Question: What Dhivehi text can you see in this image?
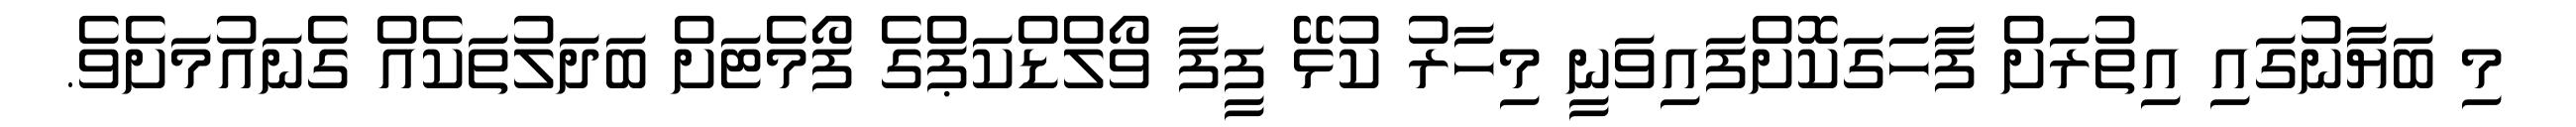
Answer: މި ބަޔާނުގައި އިތުރަށް ފާހަގަކޮށްފައިވަނީ މިހާރު ކުޅޭ ފީފާ ވޯލްޑްކަޕްގެ ފޯމެޓަށް ބަދަލުތަކެއް ގެނައުމަށެވެ.